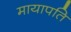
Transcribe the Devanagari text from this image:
मायापति